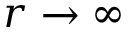
r \rightarrow \infty